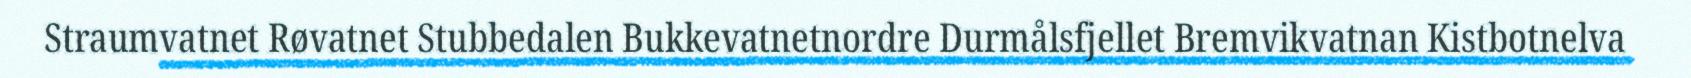
Straumvatnet Røvatnet Stubbedalen Bukkevatnetnordre Durmålsfjellet Bremvikvatnan Kistbotnelva